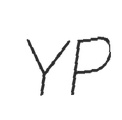
YP